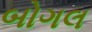
બોગલ